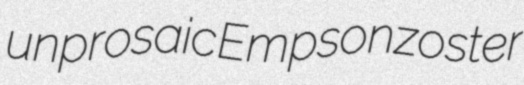
unprosaic Empson zoster